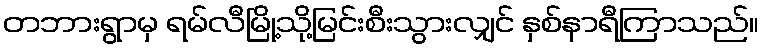
တဘားရွာမှ ရမ်လီမြို့သို့မြင်းစီးသွားလျှင် နှစ်နာရီကြာသည်။